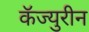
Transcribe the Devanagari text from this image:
कॅज्युरीन